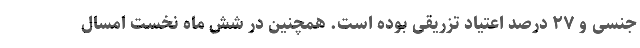
جنسی و ۲۷ درصد اعتیاد تزریقی بوده است. همچنین در شش ماه نخست امسال